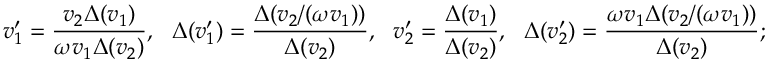
v _ { 1 } ^ { \prime } = \frac { v _ { 2 } \Delta ( v _ { 1 } ) } { \omega v _ { 1 } \Delta ( v _ { 2 } ) } , ~ ~ \Delta ( v _ { 1 } ^ { \prime } ) = \frac { \Delta ( v _ { 2 } / ( \omega v _ { 1 } ) ) } { \Delta ( v _ { 2 } ) } , ~ ~ v _ { 2 } ^ { \prime } = \frac { \Delta ( v _ { 1 } ) } { \Delta ( v _ { 2 } ) } , ~ ~ \Delta ( v _ { 2 } ^ { \prime } ) = \frac { \omega v _ { 1 } \Delta ( v _ { 2 } / ( \omega v _ { 1 } ) ) } { \Delta ( v _ { 2 } ) } ;